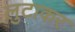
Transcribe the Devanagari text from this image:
लुटाकर